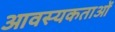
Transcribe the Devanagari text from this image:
आवस्यकताओं